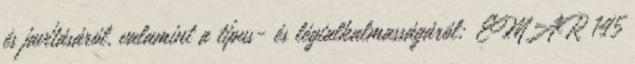
és javításáról, valamint a típus- és légialkalmasságáról; EMAR 145